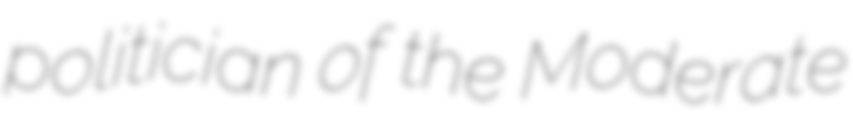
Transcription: politician of the Moderate